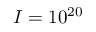
I = 1 0 ^ { 2 0 }